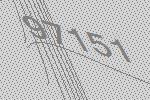
97151